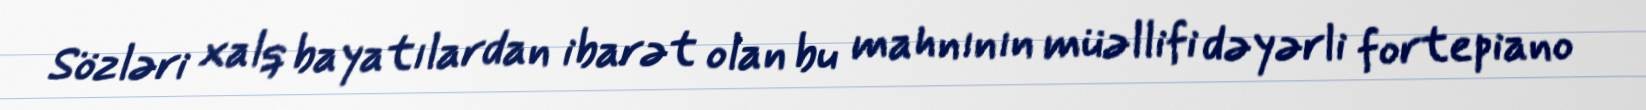
Sözləri xalq bayatılardan ibarət olan bu mahnının müəllifi dəyərli fortepiano